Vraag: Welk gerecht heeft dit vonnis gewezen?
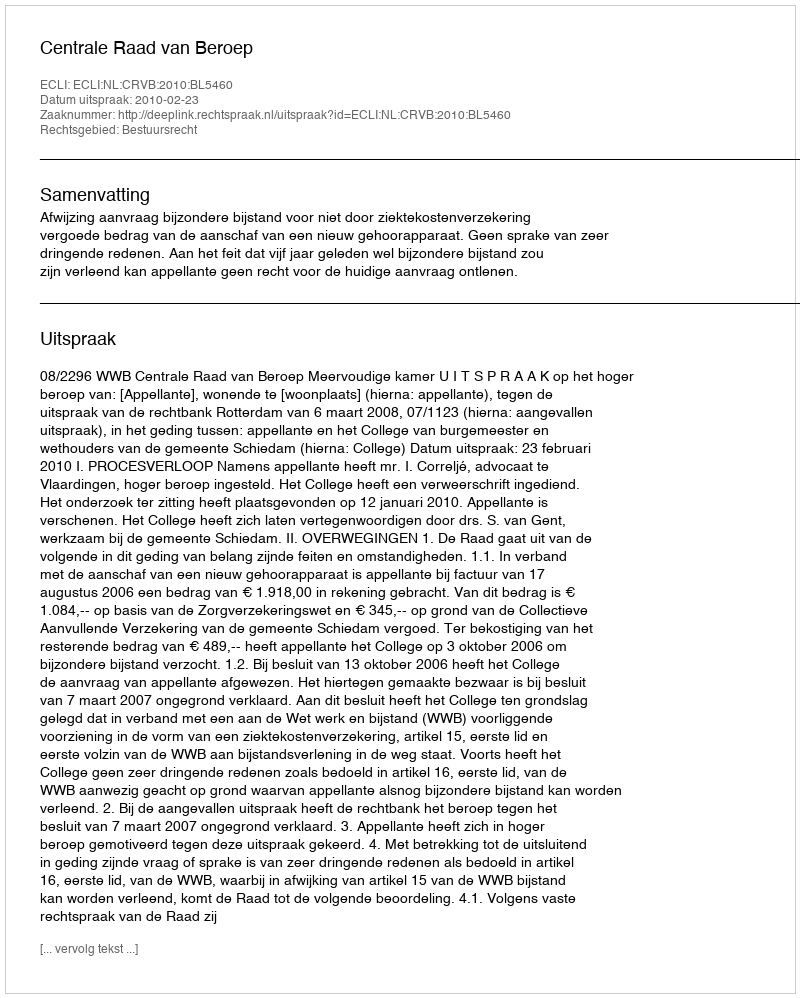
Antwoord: Centrale Raad van Beroep